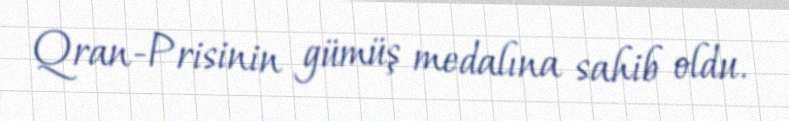
Qran-Prisinin gümüş medalına sahib oldu.